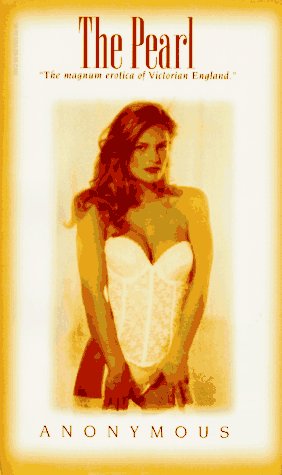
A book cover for The Pearl (Victorian erotic classics); Anonymous; Romance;